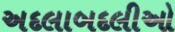
અદલાબદલીઓ